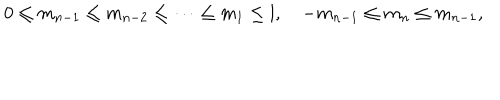
LaTeX: 0 \leq m _ { n - 1 } \leq m _ { n - 2 } \leq \cdots \leq m _ { 1 } \leq l , \quad - m _ { n - 1 } \leq m _ { n } \leq m _ { n - 1 } ,